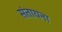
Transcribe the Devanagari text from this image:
संतायना